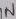
Text: IN